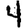
Digit: 4